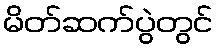
မိတ်ဆက်ပွဲတွင်